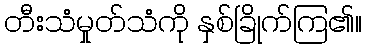
တီးသံမှုတ်သံကို နှစ်ခြိုက်ကြ၏။